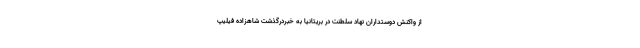
از واکنش دوستداران نهاد سلطنت در بریتانیا به خبردرگذشت شاهزاده فیلیپ